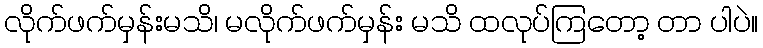
လိုက်ဖက်မှန်းမသိ၊ မလိုက်ဖက်မှန်း မသိ ထလုပ်ကြတော့ တာ ပါပဲ။